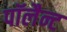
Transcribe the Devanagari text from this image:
पॉलैन्ट